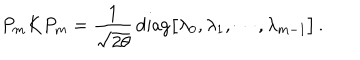
P _ { m } K P _ { m } = { \frac { 1 } { \sqrt { 2 \theta } } } \, \mathrm { d i a g } \bigl [ \lambda _ { 0 } , \lambda _ { 1 } , \cdots , \lambda _ { m - 1 } \bigr ] \, .